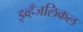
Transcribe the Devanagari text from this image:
इव्हँजलिकल